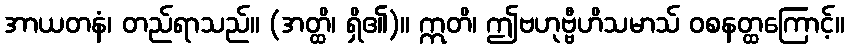
အာယတနံ၊ တည်ရာသည်။ (အတ္ထိ၊ ရှိ၏)။ ဣတိ၊ ဤဗဟုဗ္ဗီဟိသမာသ် ဝစနတ္ထကြောင့်။